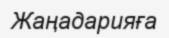
Жаңадарияға